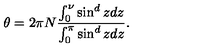
\theta = 2 \pi N \frac { \int _ { 0 } ^ { \nu } \sin ^ { d } z d z } { \int _ { 0 } ^ { \pi } \sin ^ { d } z d z } .